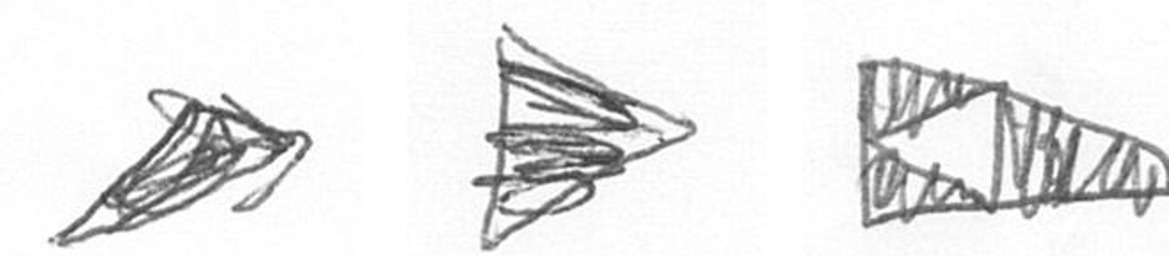
O T K